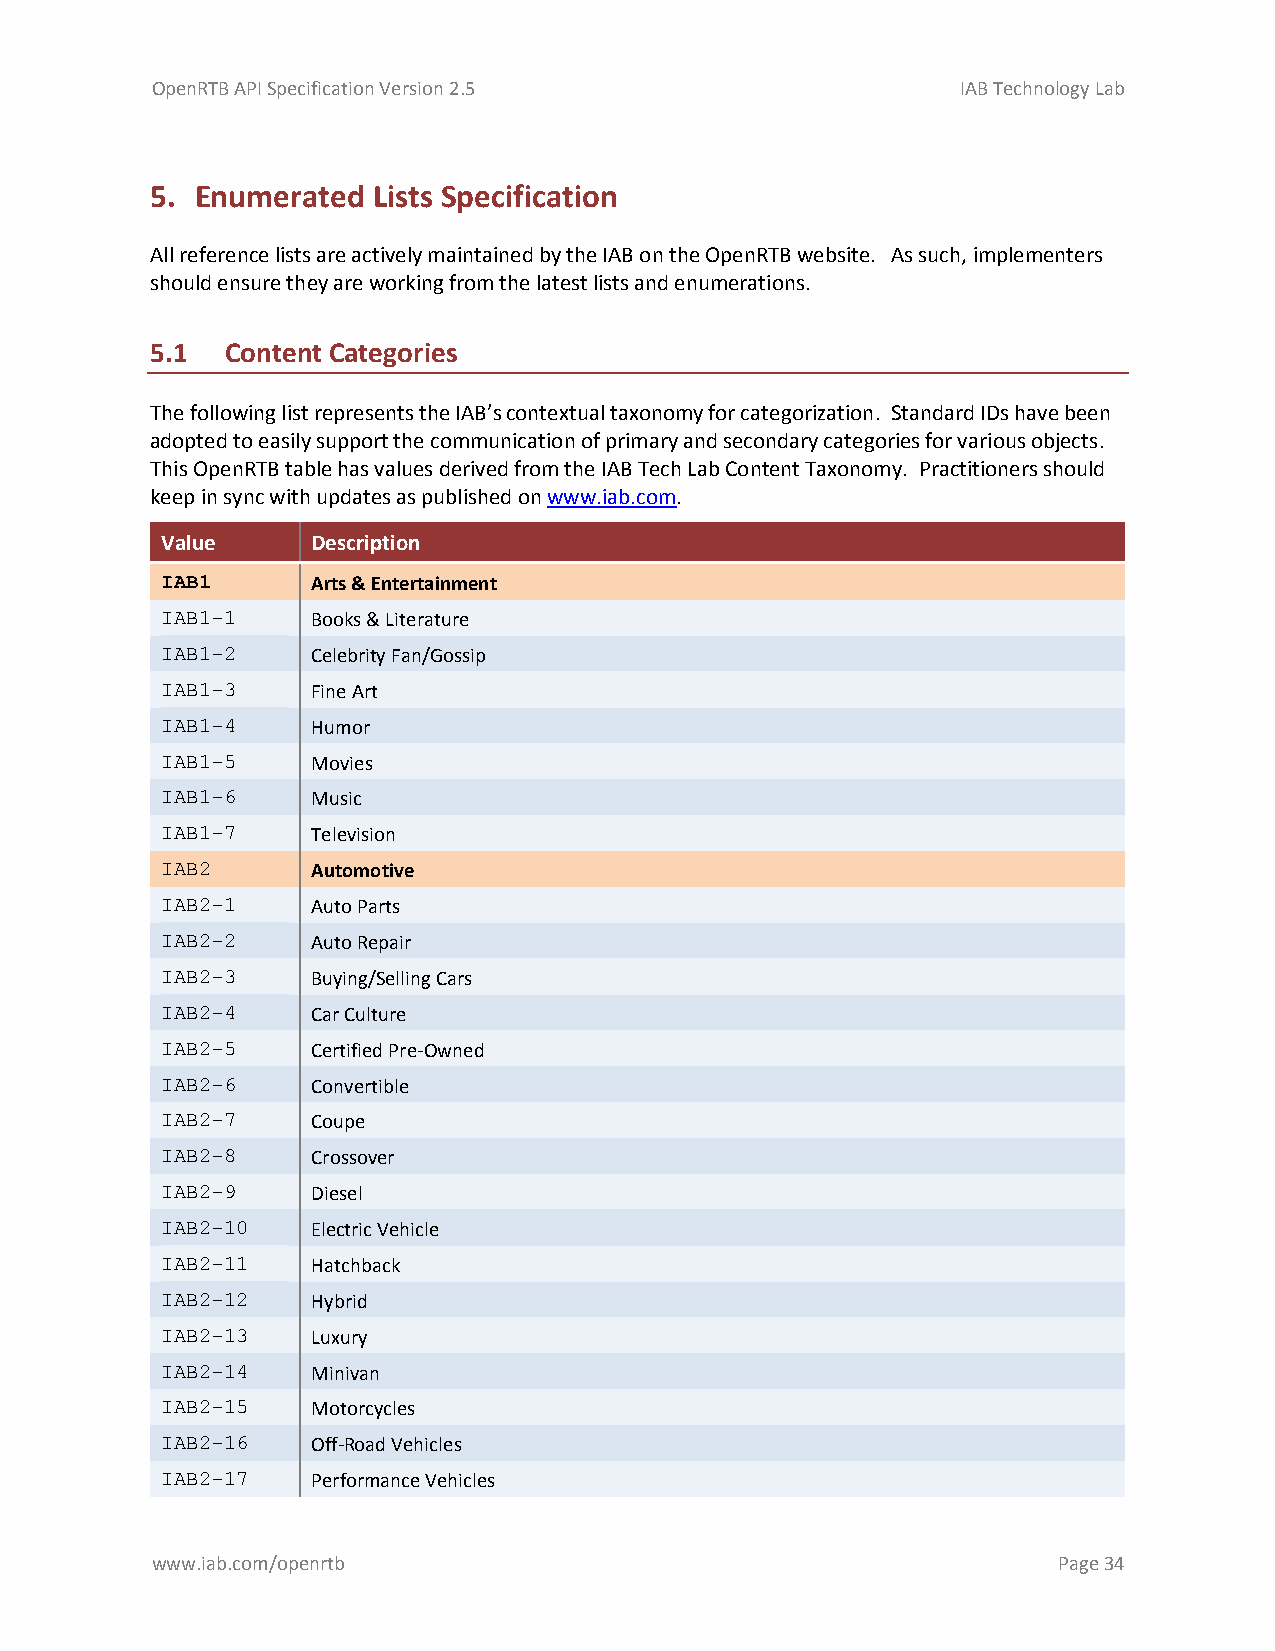
OpenRTB API Specification Version 2.5                 IAB Technology Lab
 5. Enumerated  Lists Specification
 All reference lists are actively maintained by the IAB on the OpenRTB website. As such, implementers
 should ensure they are working from the latest lists and enumerations.
 5.1  Content Categories
 The following list represents the IAB’s contextual taxonomy for categorization. Standard IDs have been
 adopted to easily support the communication of primary and secondary categories for various objects.
 This OpenRTB table has values derived from the IAB Tech Lab Content Taxonomy. Practitioners should
 keep in sync with updates as published on www.iab.com.
 Value     Description
 IAB1      Arts & Entertainment
 IAB1-1    Books & Literature
 IAB1-2    Celebrity Fan/Gossip
 IAB1-3    Fine Art
 IAB1-4    Humor
 IAB1-5    Movies
 IAB1-6    Music
 IAB1-7    Television
 IAB2      Automotive
 IAB2-1    Auto Parts
 IAB2-2    Auto Repair
 IAB2-3    Buying/Selling Cars
 IAB2-4    Car Culture
 IAB2-5    Certified Pre-Owned
 IAB2-6    Convertible
 IAB2-7    Coupe
 IAB2-8    Crossover
 IAB2-9    Diesel
 IAB2-10   Electric Vehicle
 IAB2-11   Hatchback
 IAB2-12   Hybrid
 IAB2-13   Luxury
 IAB2-14   Minivan
 IAB2-15   Motorcycles
 IAB2-16   Off-Road Vehicles
 IAB2-17   Performance Vehicles
 www.iab.com/openrtb                                         Page 34